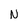
Character: N